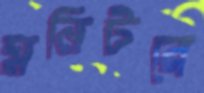
মনিটরে